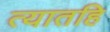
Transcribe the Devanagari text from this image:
त्यातहि